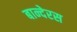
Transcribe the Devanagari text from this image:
बान्देरस